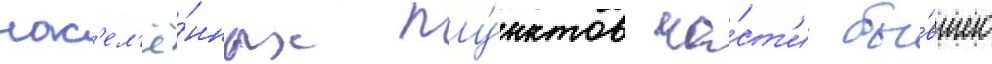
нас'ел'ё́нных пу́нктов ча́ст'и бы́вшего